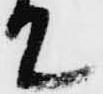
て